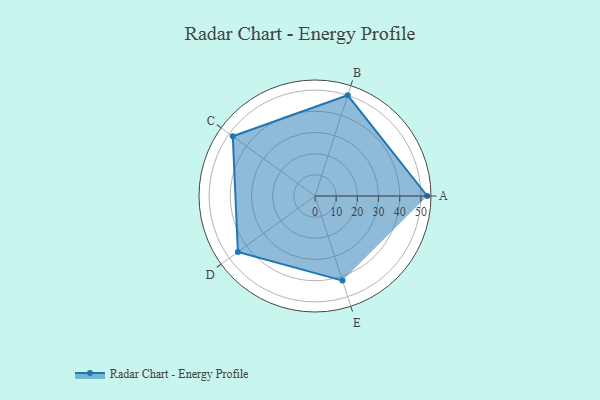
{"axis": {"x": "Skill", "y": "Score"}, "legend": ["Profile"], "data": [{"x": "A", "y": 53.0, "type": "Profile"}, {"x": "B", "y": 50.0, "type": "Profile"}, {"x": "C", "y": 48.0, "type": "Profile"}, {"x": "D", "y": 45.0, "type": "Profile"}, {"x": "E", "y": 42.0, "type": "Profile"}]}